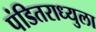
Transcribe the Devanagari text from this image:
पंडितराध्युला